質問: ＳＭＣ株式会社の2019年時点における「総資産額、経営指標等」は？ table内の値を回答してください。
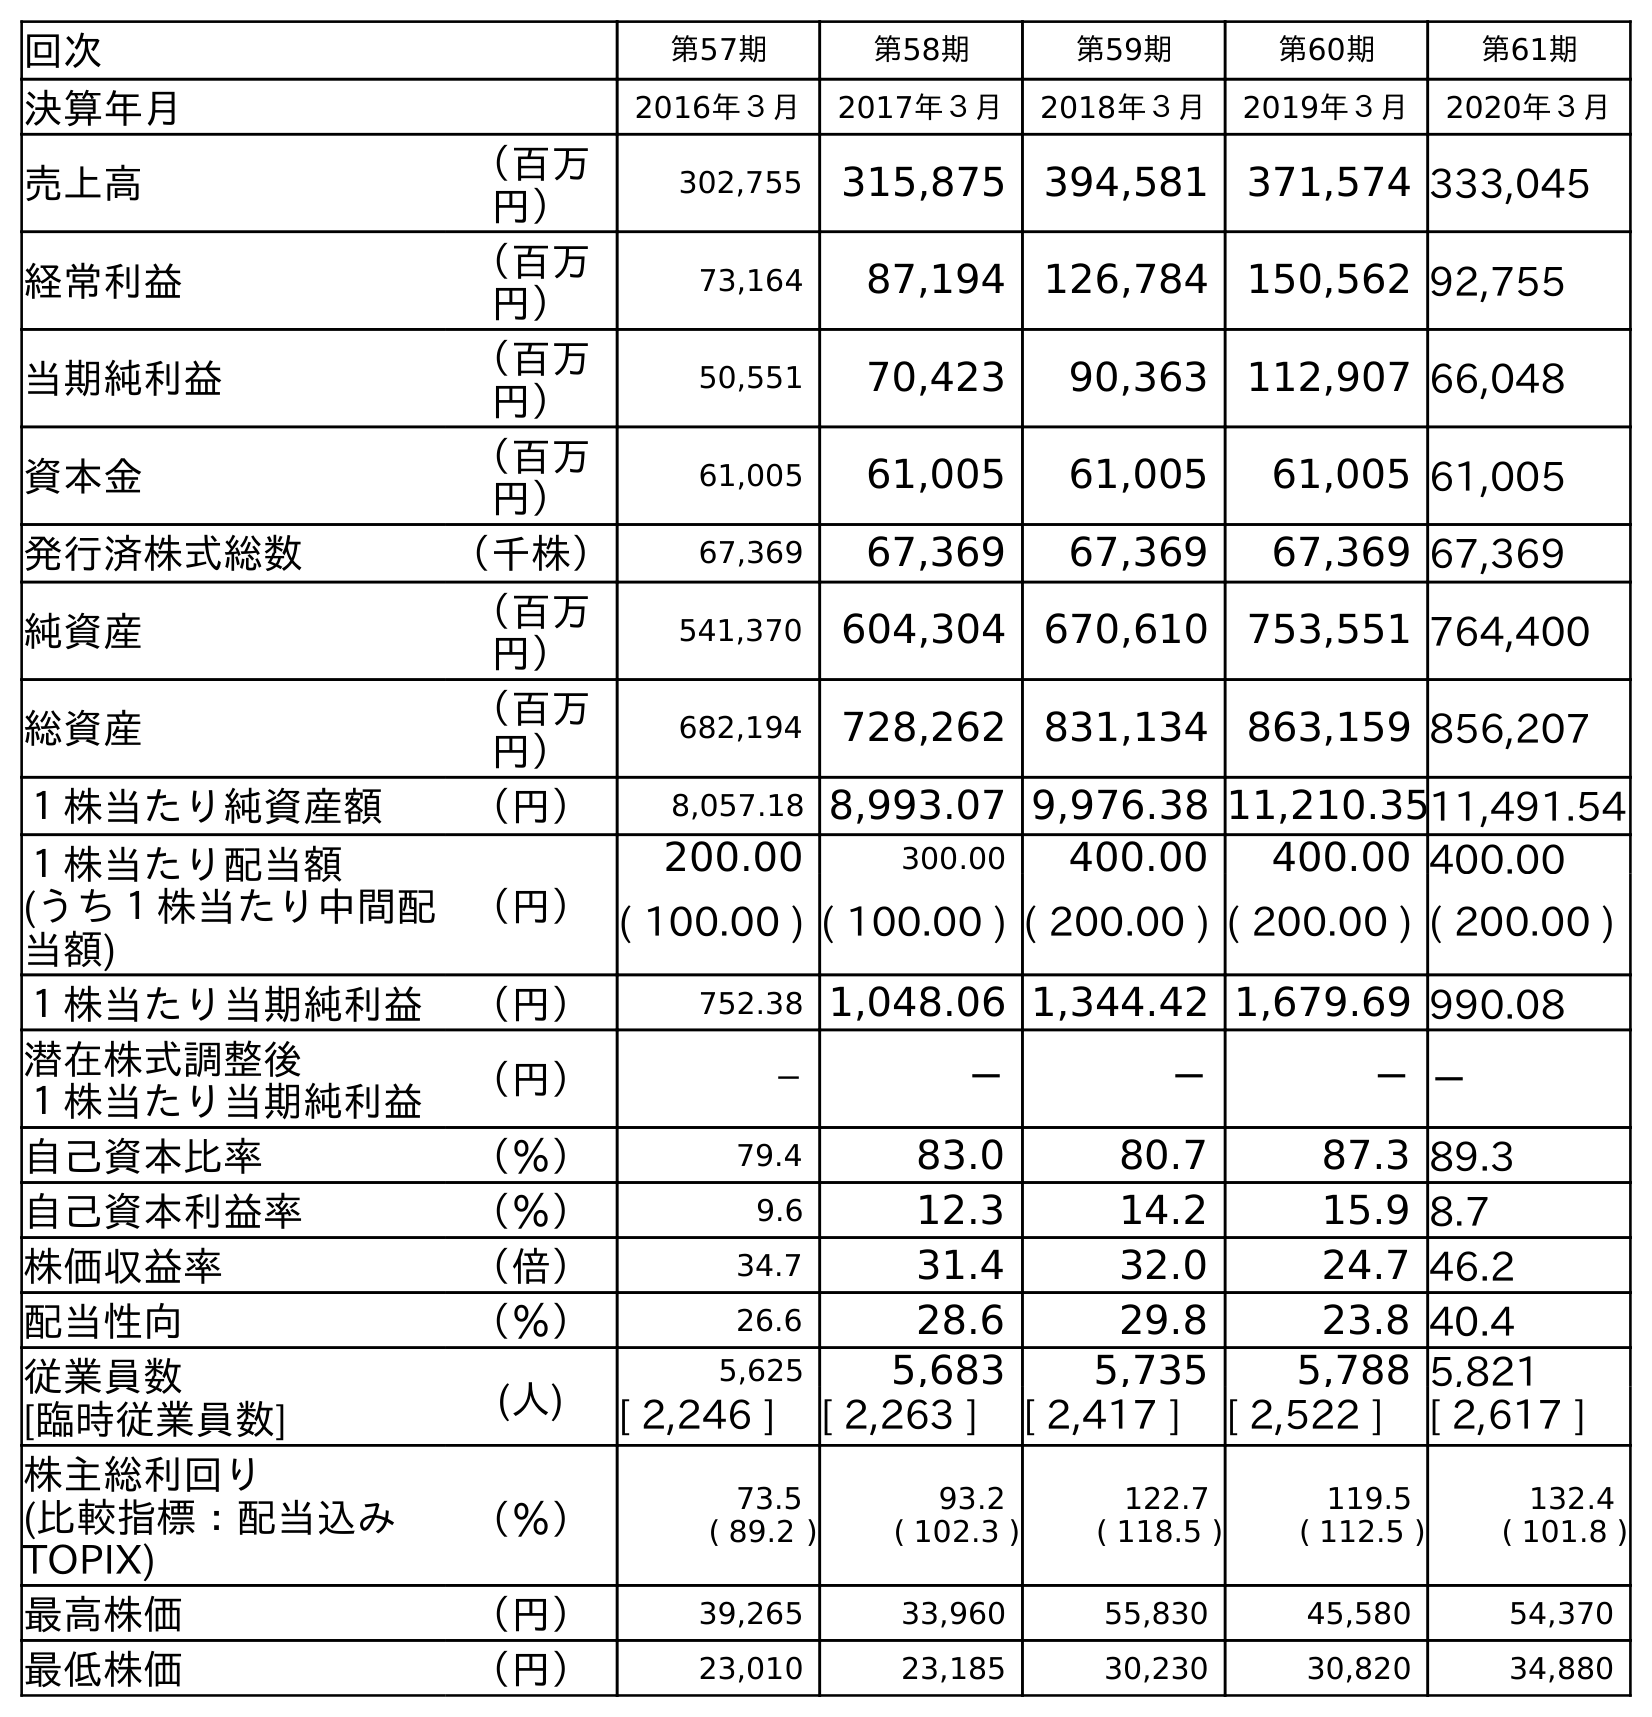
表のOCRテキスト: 回次 第57期 第58期 第59期 第60期 第61期 決算年月 2016年３月 2017年３月 2018年３月 2019年３月 2020年３月 売上高 （百万 円） 302,755 315,875 394,581 371,574 333,045 経常利益 （百万 円） 73,164 87,194 126,784 150,562 92,755 当期純利益 （百万 円） 50,551 70,423 90,363 112,907 66,048 資本金 （百万 円） 61,005 61,005 61,005 61,005 61,005 発行済株式総数 （千株） 67,369 67,369 67,369 67,369 67,369 純資産 （百万 円） 541,370 604,304 670,610 753,551 764,400 総資産 （百万 円） 682,194 728,262 831,134 863,159 856,207 １株当たり純資産額 （円） 8,057.18 8,993.07 9,976.38 11,210.3511,491.54 １株当たり配当額 (うち１株当たり中間配 当額) （円） 200.00 300.00 400.00 400.00 400.00 ( 100.00 ) ( 100.00 ) ( 200.00 ) ( 200.00 ) ( 200.00 ) １株当たり当期純利益 （円） 752.38 1,048.06 1,344.42 1,679.69 990.08 潜在株式調整後 １株当たり当期純利益 （円） － － － －－ 自己資本比率 （％） 79.4 83.0 80.7 87.3 89.3 自己資本利益率 （％） 9.6 12.3 14.2 15.9 8.7 株価収益率 （倍） 34.7 31.4 32.0 24.7 46.2 配当性向 （％） 26.6 28.6 29.8 23.8 40.4 従業員数 [臨時従業員数] (人) 5,625 5,683 5,735 5,788 5,821 [ 2,246 ] [ 2,263 ] [ 2,417 ] [ 2,522 ] [ 2,617 ] 株主総利回り (比較指標：配当込み TOPIX) （％） 73.5 ( 89.2 ) 93.2 ( 102.3 ) 122.7 ( 118.5 ) 119.5 ( 112.5 ) 132.4 ( 101.8 ) 最高株価 （円） 39,265 33,960 55,830 45,580 54,370 最低株価 （円） 23,010 23,185 30,230 30,820 34,880
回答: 863,159